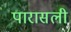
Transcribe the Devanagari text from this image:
पारासली